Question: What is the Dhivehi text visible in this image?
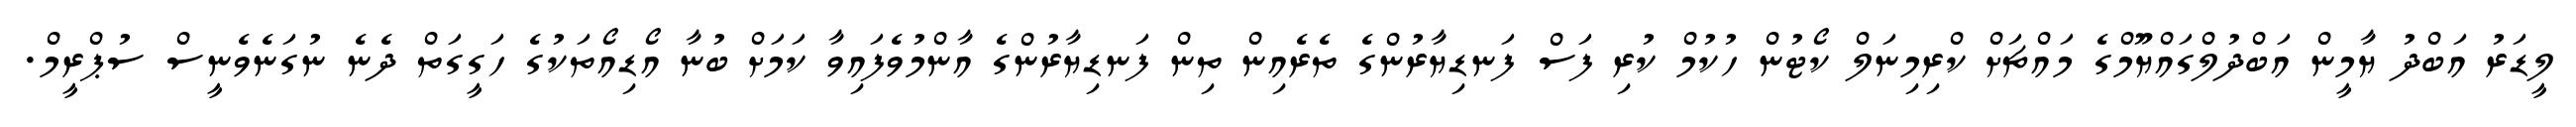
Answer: ލީޑަރު އަބްދު ޔާމީން އަބްދުލްގައްޔޫމްގެ މައްޗަށް ކްރިމިނަލް ކޯޓުން ހުކުމް ކުރި ފަސް ފަނޑިޔާރުންގެ ތެރެއިން ތިން ފަނޑިޔާރުންގެ އާންމުވެފައިވާ ކަމަށް ބުނާ އޯޑިއޯތަކުގެ ހަގީގަތް ދެނެ ނުގަނެވެނީސް ސުޕްރީމް.